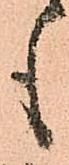
も